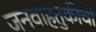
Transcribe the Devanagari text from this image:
जनवाहतुकीची